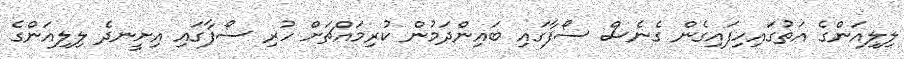
ލިލިއަންގެ އަތުގައިހިފައިގެން ގެނެސް ސޯފާގައި ބައިންދަމުން ކުރިމައްޗަށް ހުރި ސޯފާގައި އިށީނދެ ލިލިއަންގެ